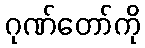
ဂုဏ်တော်ကို